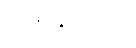
ဂဏနာသိပ္ပံ